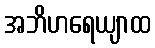
အဘိဟရေယျာထ